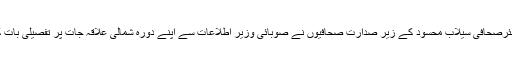
سینئرصحافی سیلاب محسود کے زیر صدارت صحافیوں نے صوبائی وزیر اطلاعات سے اپنے دورہ شمالی علاقہ جات پر تفصیلی بات کی۔